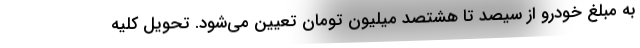
به مبلغ خودرو از سیصد تا هشتصد میلیون تومان تعیین می‌شود. تحویل کلیه